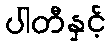
ပါတီနှင့်